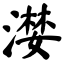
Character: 漤